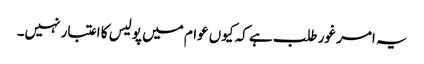
یہ امر غور طلب ہے کہ کیوں عوام میں پولیس کا اعتبار نہیں۔